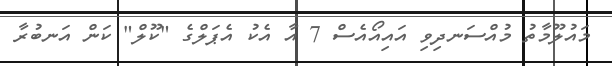
މައުލޫމާތު މުއްސަނދިވި އައިއޯއެސް 7 އާ އެކު އެޕަލްގެ "ކޫލް" ކަން އަނބުރާ